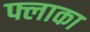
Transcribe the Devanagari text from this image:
फ्लाका